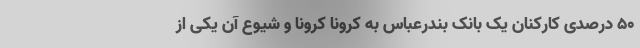
۵۰ درصدی کارکنان یک بانک بندرعباس به کرونا کرونا و شیوع آن یکی از